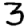
Digit: 3